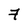
Character: 7